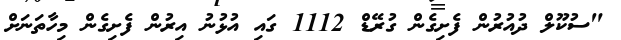
"ސުކޫލް ދުއުރުން ފެށިގެން ގުރޭޑް 1112 ގައި އުޅުނު އިރުން ފެށިގެން މިހާތަނަށް